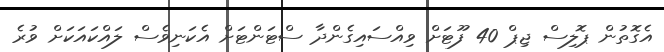
އެގޮތުން ޕޮލިސް ޖިޕް 40 ފޫޓަށް ވިއްސައިގެންދާ ސްޓަންޓަށް އެކަނިވެސް ލައްކައަކަށް ވުރެ